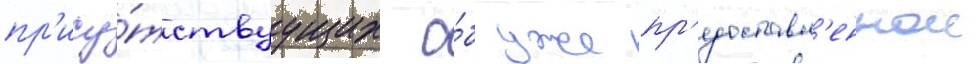
пр'ису́тствуущих о́б уже пр'едоставл'еннои